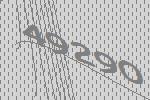
49290